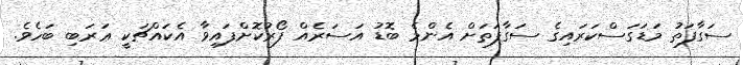
ސަގާފަތު މަޑަގަސްކަރައިގެ ސަގާފަތަށް އެންމެ ބޮޑު އަސަރެއް ފޯރުކޮށްފައިވާ އެކައްޗަކީ ޢަރަބި ބަހެވެ.